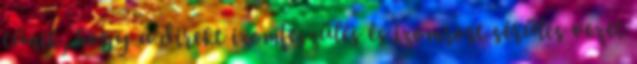
tűnik, hogy a direkt izomfeszülés és izomrost sérülés vezet